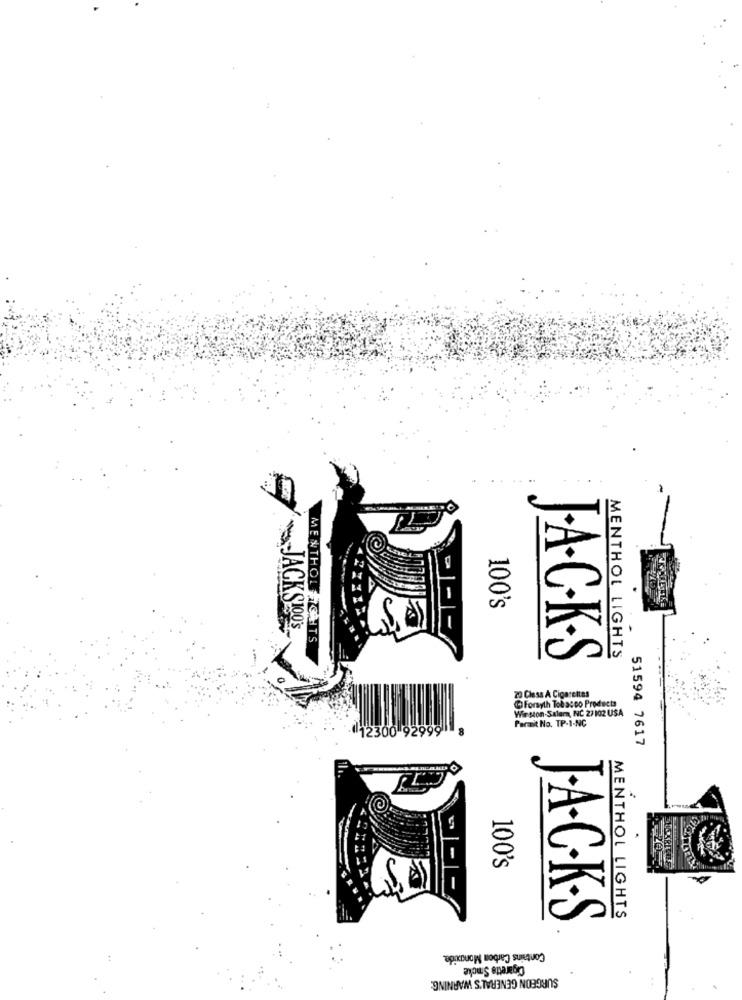
100's
-JACKSHOO'S
MENTHOUGHTS
J.A.C.K.S
MENTHOL LIGHTS
20 Class A Cigarettes
@Forsyth Tobacco Products
Wir ston.Salera, NC 27 102 USA
Permit No. TP-1-NC
92999
51594 7617
100's
J.A.C.K.S
MENTHOL LIGHTS
Contains Carbon Monoxide.
Cigarette Smoke
SURGEON GENERAL'S WARNING: